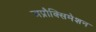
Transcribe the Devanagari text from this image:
अप्रौक्सिमेशन